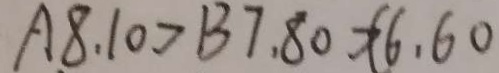
A 8 . 1 0 > B 7 . 8 0 > C 6 . 6 0